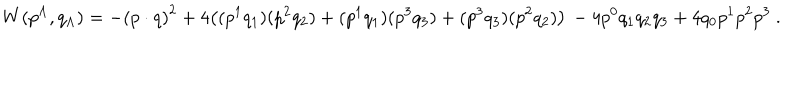
LaTeX: W ( p ^ { \Lambda } , q _ { \Lambda } ) = - { ( p \cdot q ) } ^ { 2 } + 4 \bigl ( ( p ^ { 1 } q _ { 1 } ) ( p ^ { 2 } q _ { 2 } ) + ( p ^ { 1 } q _ { 1 } ) ( p ^ { 3 } q _ { 3 } ) + ( p ^ { 3 } q _ { 3 } ) ( p ^ { 2 } q _ { 2 } ) \bigr ) \, - 4 p ^ { 0 } q _ { 1 } q _ { 2 } q _ { 3 } + 4 q _ { 0 } p ^ { 1 } p ^ { 2 } p ^ { 3 } \ .